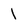
Character: 1